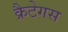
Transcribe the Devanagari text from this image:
क्रैटेगस